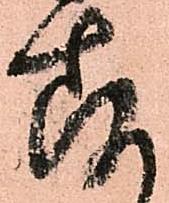
存